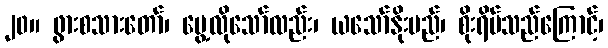
၂၀။ ဖွားစသားတော်၊ ပွေ့လိုသော်လည်း၊ ယသော်နိုးမည်၊ စိုးရိမ်သည်ကြောင့်၊